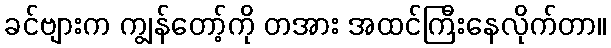
ခင်ဗျားက ကျွန်တော့်ကို တအား အထင်ကြီးနေလိုက်တာ။